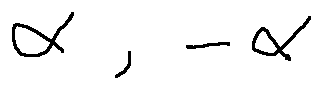
\alpha , - \alpha